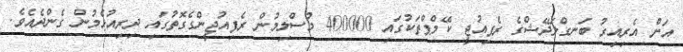
އަށް އެރިއިރު ބަނގްލަދޭޝްގެ ރެފިއުޖީ ކޭމްޕްތަކުގައި 400000 މުސްލިމުން ރެފިއުޖީންގެގޮތުގައި ދިރިއުޅެމުން ގެންދެއެވެ.